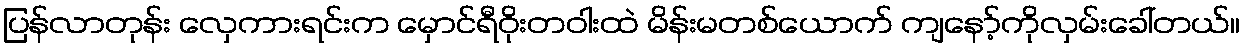
ပြန်လာတုန်း လှေကားရင်းက မှောင်ရီဝိုးတဝါးထဲ မိန်းမတစ်ယောက် ကျနော့်ကိုလှမ်းခေါ်တယ်။